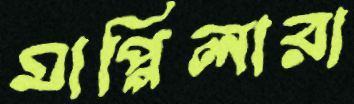
মাপ্পিলারা